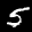
Digit: 5